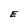
Character: E